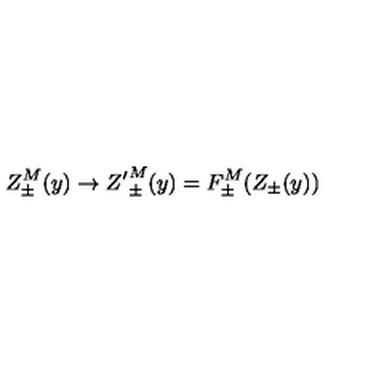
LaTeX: Z _ { \pm } ^ { M } ( y ) \to { Z ^ { \prime } } _ { \pm } ^ { M } ( y ) = F _ { \pm } ^ { M } ( Z _ { \pm } ( y ) )